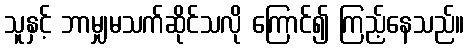
သူနှင့် ဘာမျှမသက်ဆိုင်သလို ကြောင်၍ ကြည့်နေသည်။